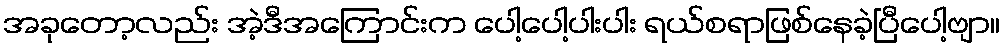
အခုတော့လည်း အဲ့ဒီအကြောင်းက ပေါ့ပေါ့ပါးပါး ရယ်စရာဖြစ်နေခဲ့ပြီပေါ့ဗျာ။